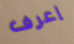
إعرف